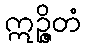
ဣဉ္ဇိတံ